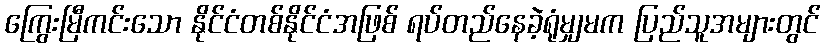
ကြွေးမြီကင်းသော နိုင်ငံတစ်နိုင်ငံအဖြစ် ရပ်တည်နေခဲ့ရုံမျှမက ပြည်သူအများတွင်